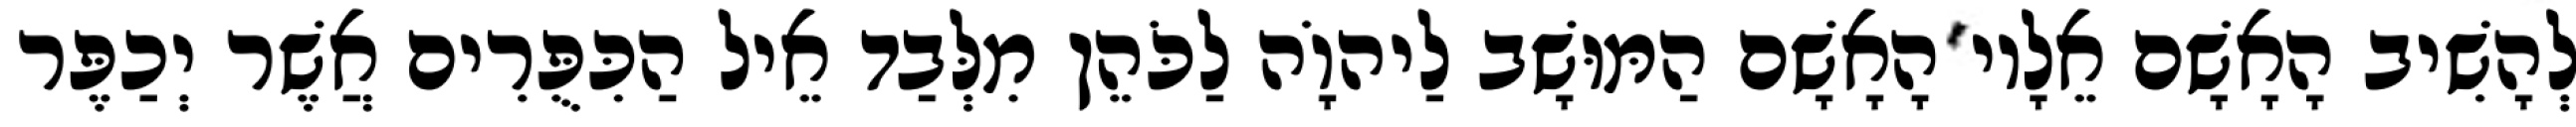
לְהָשִׁיב הָאָשָׁם אֵלָיו הָאָשָׁם הַמּוּשָׁב לַיהוָֹה לַכֹּהֵן מִלְּבַד אֵיל הַכִּפֻּרִים אֲשֶׁר יְכַפֶּר